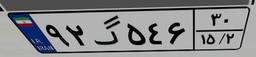
۷۷گ۵۹۹۷۸